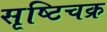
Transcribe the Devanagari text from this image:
सृष्टिचक्र